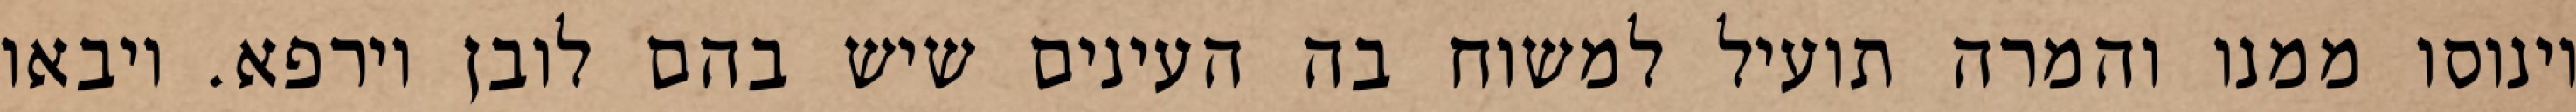
וינוסו ממנו והמרה תועיל למשוח בה העינים שיש בהם לובן וירפא. ויבאו